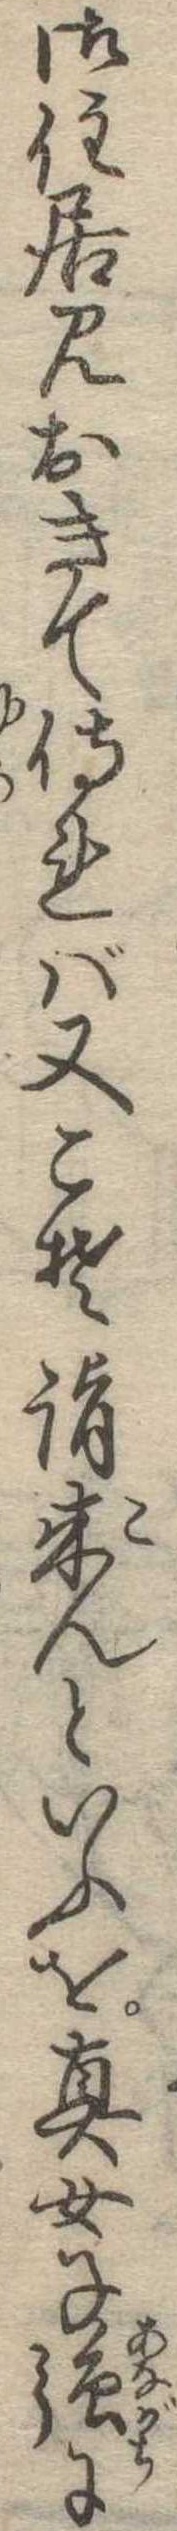
御住居見おきて侍れば又こそ詣来んといふを真女子強に